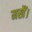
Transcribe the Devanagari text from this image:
मखैं।